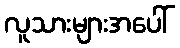
လူသားများအပေါ်